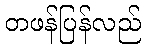
တဖန်ပြန်လည်